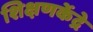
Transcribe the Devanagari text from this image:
शिक्षणकेंद्रे